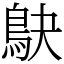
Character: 鴃